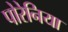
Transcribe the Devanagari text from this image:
पोरेनिया